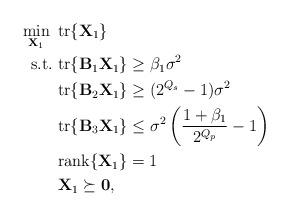
LaTeX: \begin{align*}\min_{\mathbf{X}_1}~ &{\rm tr}\{\mathbf{X}_1\}\\{\rm s.t.} ~&{\rm tr}\{\mathbf{B}_1\mathbf{X}_1\}\geq \beta_1\sigma^2\\&{\rm tr}\{\mathbf{B}_2\mathbf{X}_1\}\geq (2^{Q_s}-1)\sigma^2\\&{\rm tr}\{\mathbf{B}_3\mathbf{X}_1\}\leq\sigma^2\left(\frac{1+\beta_1}{2^{Q_p}}-1\right)\\&{\rm rank}\{\mathbf{X}_1\}=1\\&\mathbf{X}_1\succeq\mathbf{0},\end{align*}